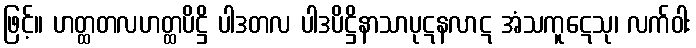
ဖြင့်။ ဟတ္ထတလဟတ္ထပိဋ္ဌိ ပါဒတလ ပါဒပိဋ္ဌိနာသာပုဋနလာဋ အံသကူဋေသု၊ လက်ဝါး